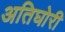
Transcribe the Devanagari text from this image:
अतिघोरी